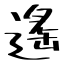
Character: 遙